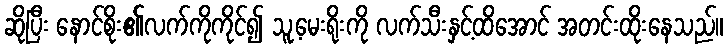
ဆိုပြီး နောင်စိုး၏လက်ကိုကိုင်၍ သူ့မေးရိုးကို လက်သီးနှင့်ထိအောင် အတင်းထိုးနေသည်။